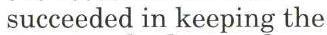
succeeded in keeping the